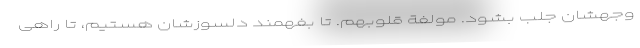
وجهشان جلب بشود. مُولفةُ قلوبهم. تا بفهمند دلسوزشان هستیم، تا راهی